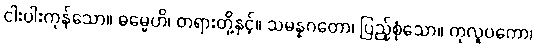
ငါးပါးကုန်သော။ ဓမ္မေဟိ၊ တရားတို့နှင့်။ သမန္နဂတော၊ ပြည့်စုံသော။ ကုလူပကော၊